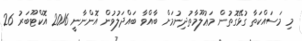
މި މަސައްކަތާ ގުޅޭގޮތުން މަޢުލޫމާތުދިނުމަށް ބާއްވާ ބައްދަލުވުން އޮންނާނީ 2016 އޮކްޓޫބަރު 26